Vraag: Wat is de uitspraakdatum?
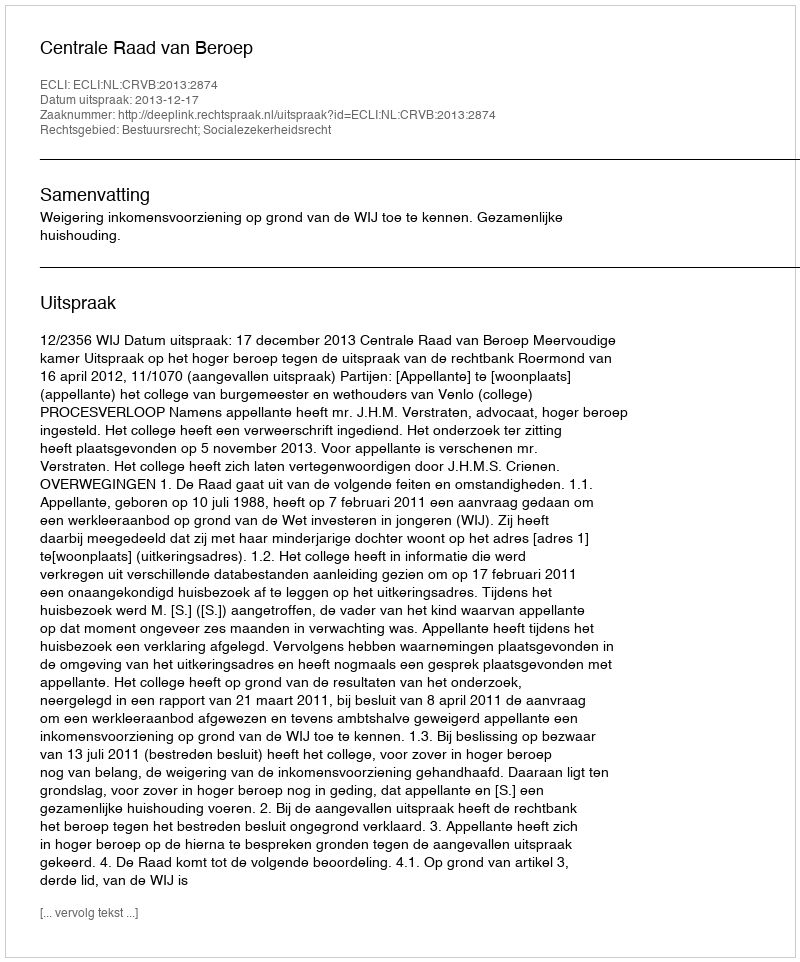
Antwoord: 2013-12-17